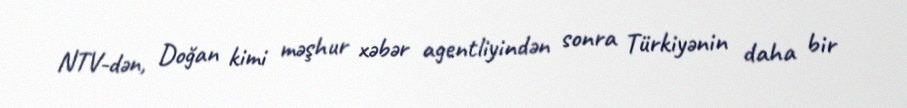
NTV-dən, Doğan kimi məşhur xəbər agentliyindən sonra Türkiyənin daha bir